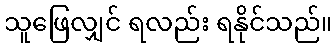
သူဖြေလျှင် ရလည်း ရနိုင်သည်။